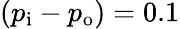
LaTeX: (p_{\mathrm{{i}}}-p_{\mathrm{{o}}})=0.1